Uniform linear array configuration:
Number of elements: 64
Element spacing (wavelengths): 0.75
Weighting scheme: uniform
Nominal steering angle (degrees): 60
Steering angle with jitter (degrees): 59.819
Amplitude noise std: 0.05
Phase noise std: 0.05

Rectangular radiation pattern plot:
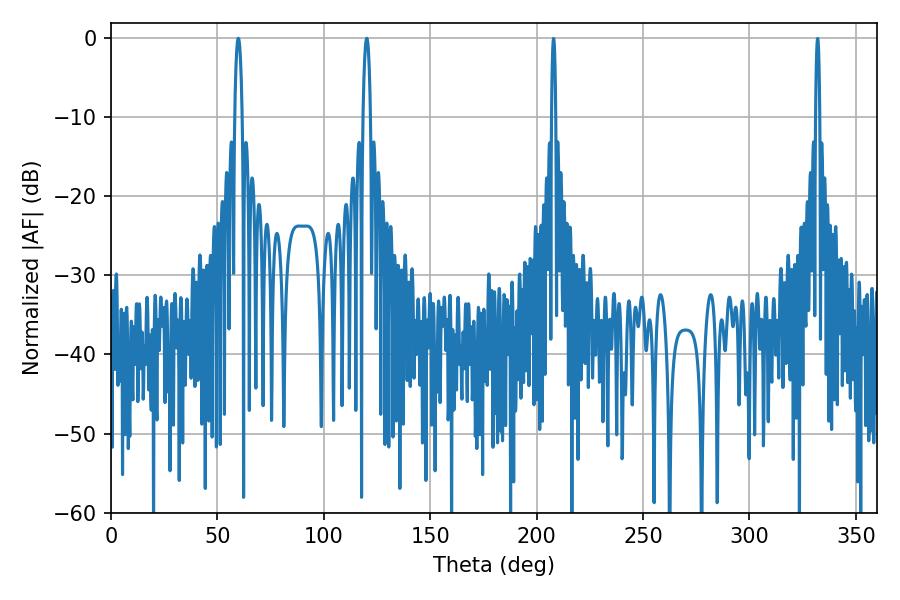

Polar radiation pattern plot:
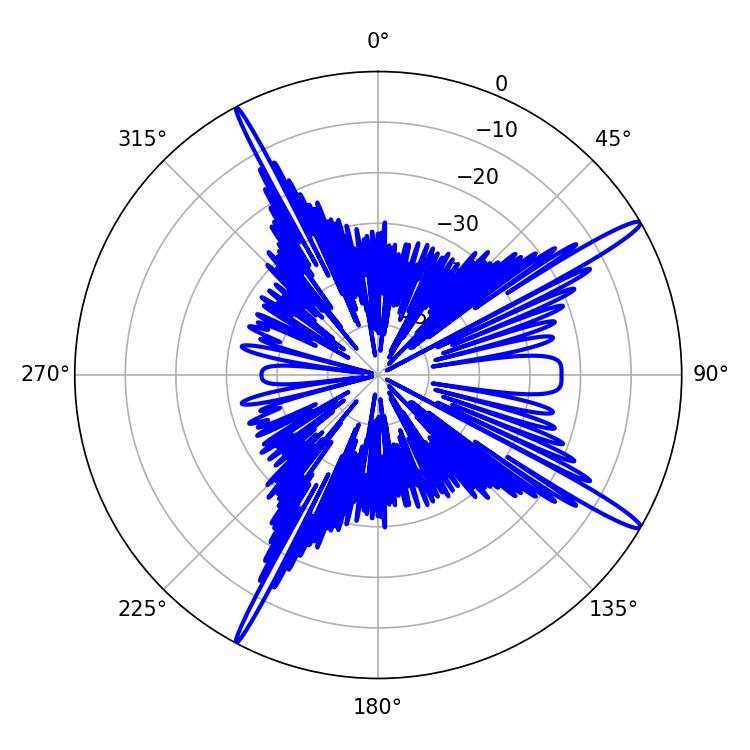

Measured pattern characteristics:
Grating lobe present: TRUE
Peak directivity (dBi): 16.02
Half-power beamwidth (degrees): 1.98
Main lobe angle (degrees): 120.24